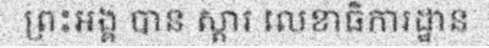
ព្រះអង្គ បាន ស្តារ លេខាធិការដ្ឋាន